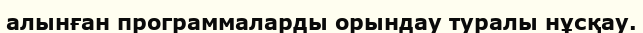
алынған программаларды орындау туралы нұсқау.